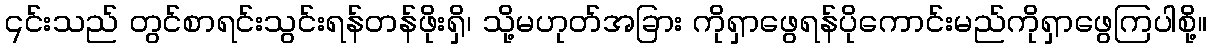
၎င်းသည် တွင်စာရင်းသွင်းရန်တန်ဖိုးရှိ၊ သို့မဟုတ်အခြား ကိုရှာဖွေရန်ပိုကောင်းမည်ကိုရှာဖွေကြပါစို့။